Report on vaccination in the Province of Bengal - 1874-1889
Year: 1874
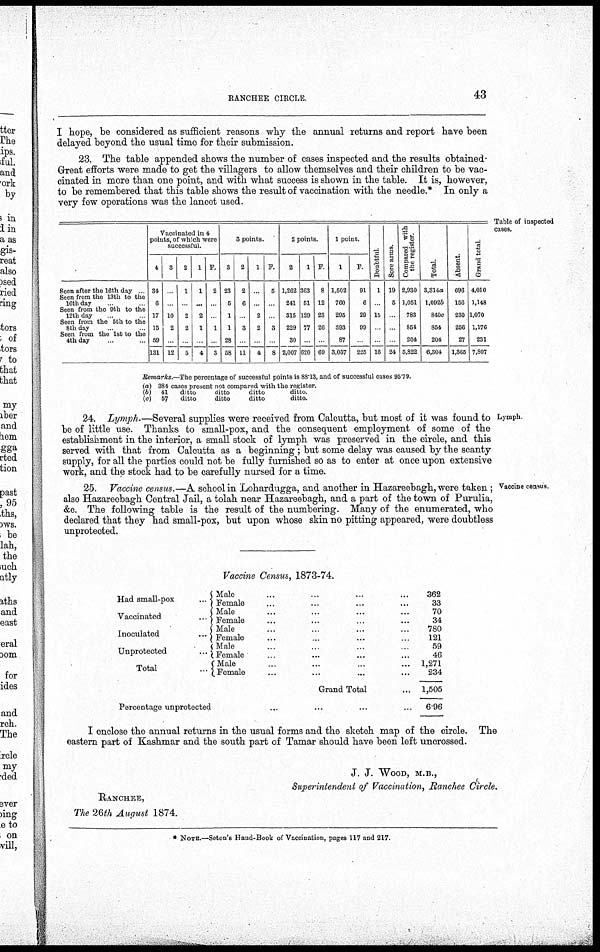
RANCHEE CIRCLE.
43
I hope, be considered as sufficient reasons why the annual returns and report have been
delayed beyond the usual time for their submission.
23. The table appended shows the number of cases inspected and the results obtained.
Great efforts were made to get the villagers to allow themselves and their children to be vac-
cinated in more than one point, and with what success is shown in the table. It is, however,
to be remembered that this table shows the result of vaccination with the needle.* In only a
very few operations was the lancet used.
Table of inspected
cases.
Seen after the 16th day ...
Seen from the 13th to the
16th day ... ...
Seen from the 9th to the
12th day ... ...
Seen from the 5th to the
8th day ... ...
Seen from the 1st to the
4th day ... ...
Vaccinated in 4
points, of which were
successful.
4
34
6
17
15
59
131
3
...
...
10
2
...
12
2
1
...
2
2
...
5
1
1
...
2
1
...
4
F.
2
...
...
1
...
3
3 points.
3
23
5
1
1
28
58
2
2
6
...
3
...
11
1
...
...
2
2
...
4
F.
5
...
...
3
...
8
2 points.
2
1,262
241
315
229
30
2,007
1
363
51
129
77
...
620
F.
8
12
23
26
...
69
1 point.
1
1,502
760
295
393
87
3,037
F.
91
6
29
99
...
225
Doubtful
1
...
15
...
...
16
Sore arms.
19
5
...
...
...
24
Compared with
the register
2,930
1,051
783
854
204
5,822
Total.
3,314a
1,092b
840c
854
204
6,304
Absent.
696
156
230
256
27
1,365
Grand total
4,010
1,148
1,070
1,176
231
7,807
Remarks.—The percentage of successful points is 88.13, and of successful cases 95.79.
(a) 384 cases present not compared with the register.
(b) 41
ditto
ditto
ditto
ditto
(c)
57
ditto
ditto
ditto
ditto.
Lymph.
24. Lymph.—Several supplies were received from Calcutta, but most of it was found to
be of little use. Thanks to small-pox, and the consequent employment of some of the
establishment in the interior, a small stock of lymph was preserved in the circle, and this
served with that from Calcutta as a beginning; but some delay was caused by the scanty
supply, for all the parties could not be fully furnished so as to enter at once upon extensive
work, and the stock had to be carefully nursed for a time.
Vaccine census.
25. Vaccine census.—A school in Lohardugga, and another in Hazareebagh, were taken ;
also Hazareebagh Central Jail, a tolah near Hazareebagh, and a part of the town of Purulia,
&c. The following table is the result of the numbering. Many of the enumerated, who
declared that they had small-pox, but upon whose skin no pitting appeared, were doubtless
unprotected.
Vaccine Census, 1873-74.
Had small-pox
...
Vaccinated
...
Inoculated ...
Unprotected
...
Total
...
Male ... ... ... ...
Female ... ... ... ...
Male ... ... ... ...
Female ... ... ... ...
Male ... ... ... ...
Female ... ... ... ...
Male ... ... ... ...
Female ... ... ... ...
Male ... ... ... ...
Female ... ... ... ...
Grand Total ...
Percentage unprotected
...
...
...
...
362
33
70
34
780
121
59
46
1,271
234
1,505
6.96
I enclose the annual returns in the usual forms and the sketch map of the circle. The
eastern part of Kashmar and the south part of Tamar should have been left uncrossed.
J. J. WOOD, M.B.,
Superintendent of Vaccination, Ranchee Circle.
RANCHEE,
The 26th August 1874.
* NOTE.—Seton's Hand-Book of Vaccination, pages 117 and 217.